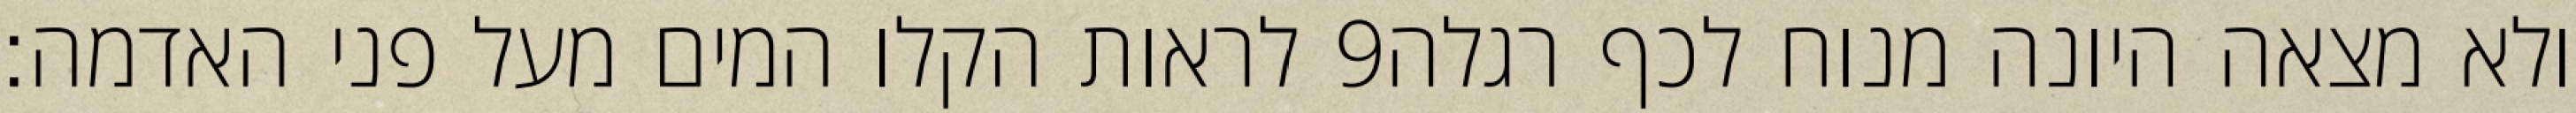
לראות הקלו המים מעל פני האדמה׃ ‎9‏ ולא מצאה היונה מנוח לכף רגלה